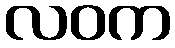
လဝက